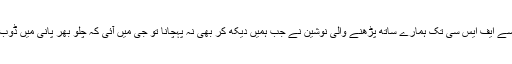
پریپ سے ایف ایس سی تک ہمارے ساتھ پڑھنے والی نوشین نے جب ہمیں دیکھ کر بھی نہ پہچانا تو جی میں آئی کہ چلو بھر پانی میں ڈوب مریں۔